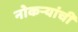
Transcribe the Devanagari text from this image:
नोकर्‍यांची